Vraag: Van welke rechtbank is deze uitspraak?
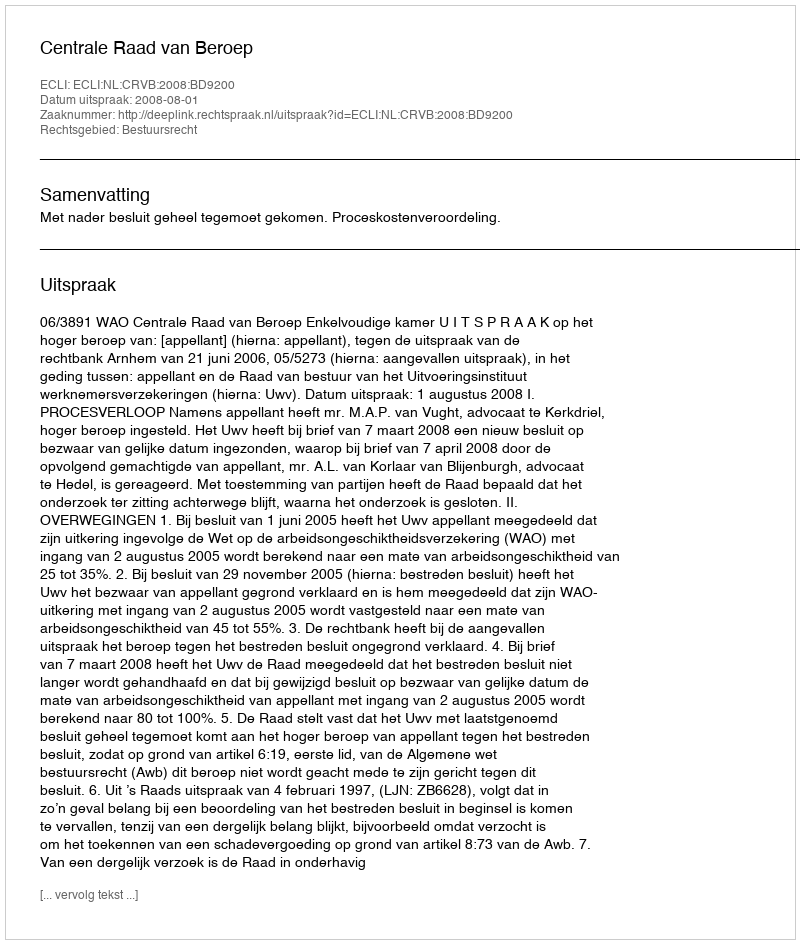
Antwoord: Centrale Raad van Beroep